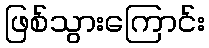
ဖြစ်သွားကြောင်း